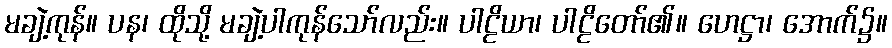
မချဲ့ကုန်။ ပန၊ ထိုသို့ မချဲ့ပါကုန်သော်လည်း။ ပါဠိယာ၊ ပါဠိတော်၏။ ဟေဋ္ဌာ၊ အောက်၌။